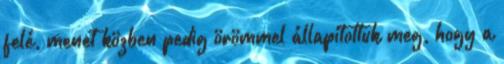
felé, menet közben pedig örömmel állapítottuk meg, hogy a